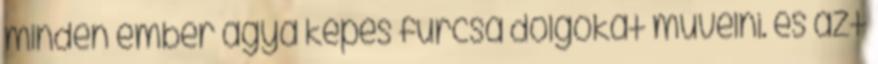
minden ember agya képes furcsa dolgokat művelni. és azt